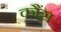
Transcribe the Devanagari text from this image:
कौंस